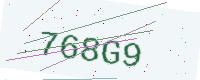
Text: 768G9